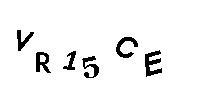
VR15CE